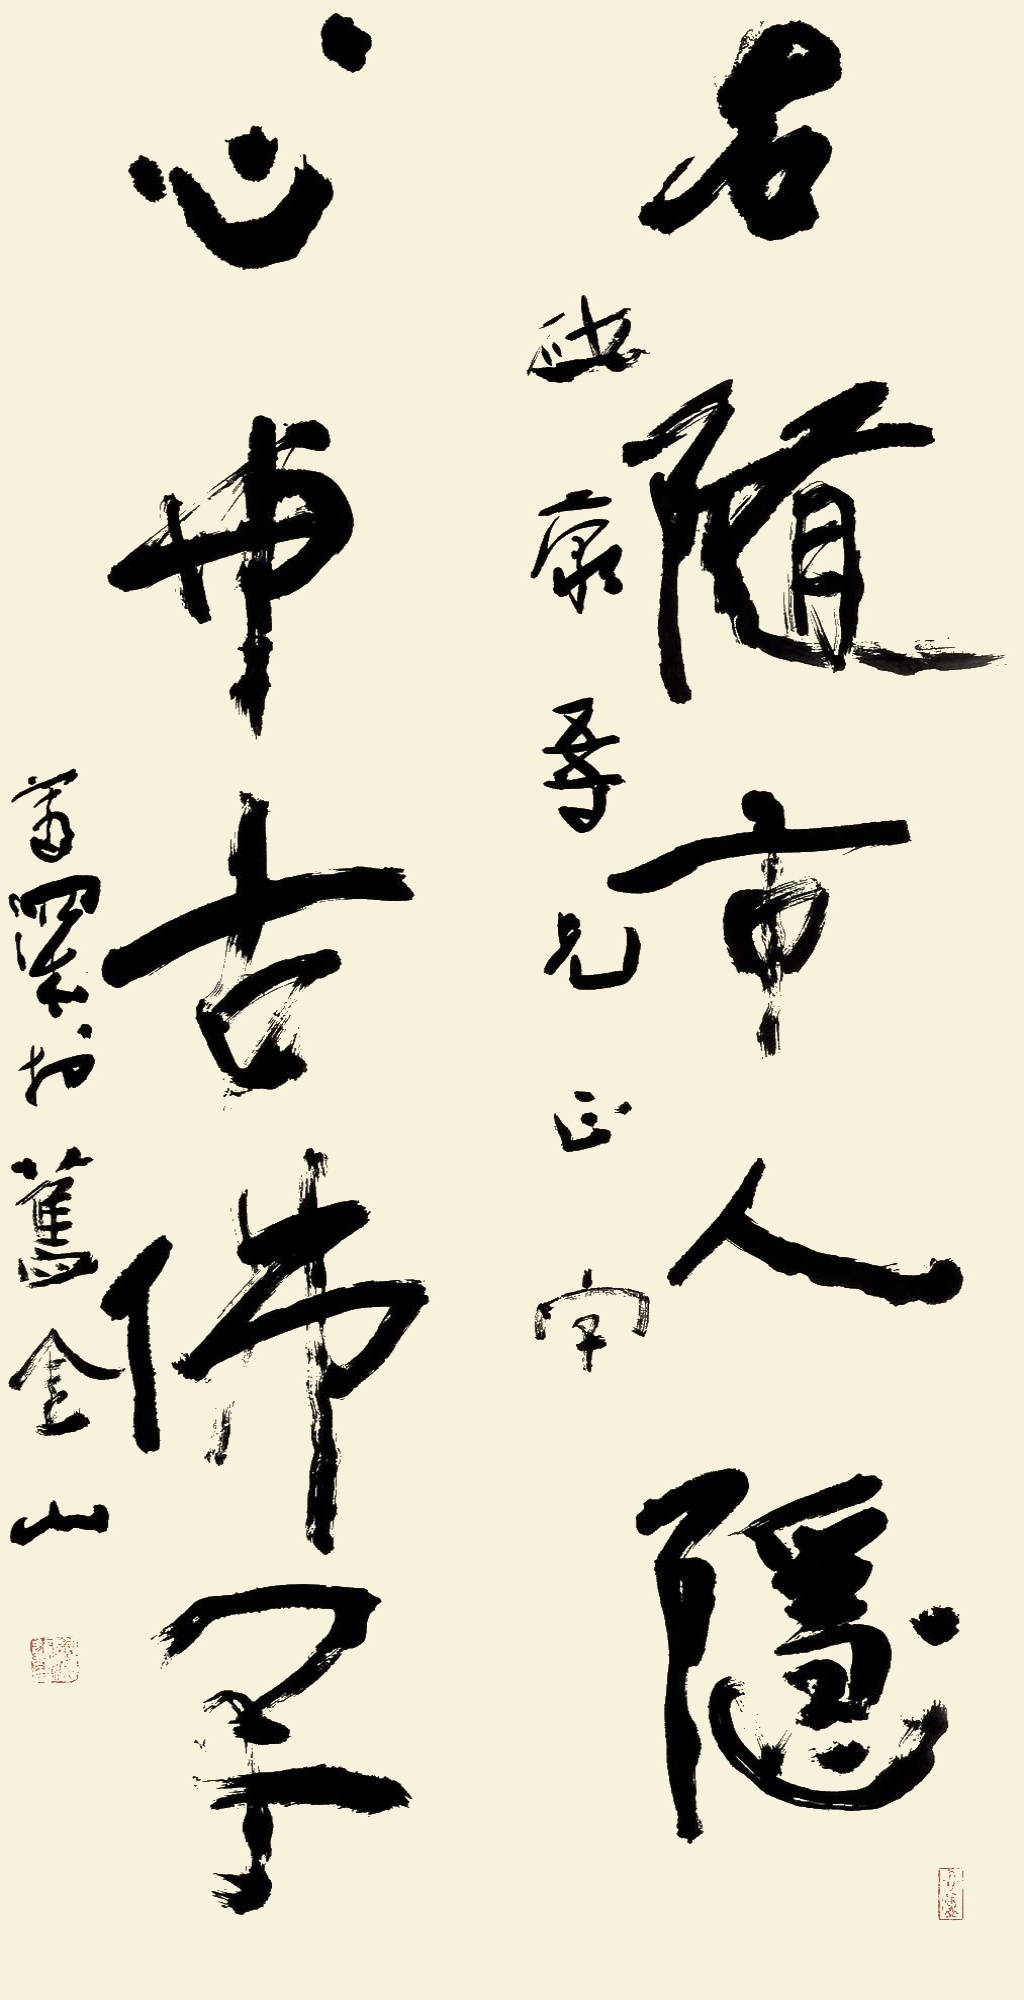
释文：名随市人隐，心与古佛闲。康吾兄正字，善深于旧金山。